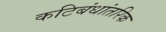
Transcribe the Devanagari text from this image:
कटिबंधांतरिक